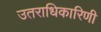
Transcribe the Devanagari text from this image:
उतराधिकारिणी